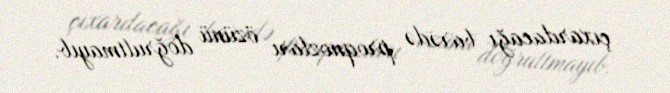
çıxardacağı barədə proqnozları özünü doğrultmayıb.